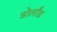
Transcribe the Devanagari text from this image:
डोर्लांड